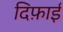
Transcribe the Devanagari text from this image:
दिफ़ाई